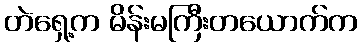
တဲရှေ့က မိန်းမကြီးတယောက်က